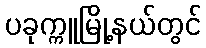
ပခုက္ကူမြို့နယ်တွင်